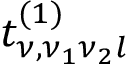
t _ { \nu , \nu _ { 1 } \nu _ { 2 } l } ^ { ( 1 ) }